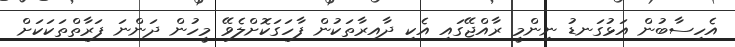
އެހިސާބުން އަޅުގަނޑު ނިންމީ ރާއްޖޭގައި އެކި ދާއިރާތަކުން ފާހަގަކޮށްލެވޭ މީހުން ދަންނަ ފަރާތްތަކަކަށް